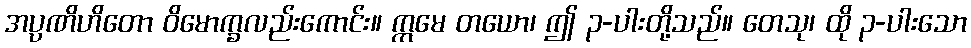
အပ္ပဏိဟိတော ဝိမောက္ခလည်းကောင်း။ ဣမေ တယော၊ ဤ ၃-ပါးတို့သည်။ တေသု၊ ထို ၃-ပါးသော